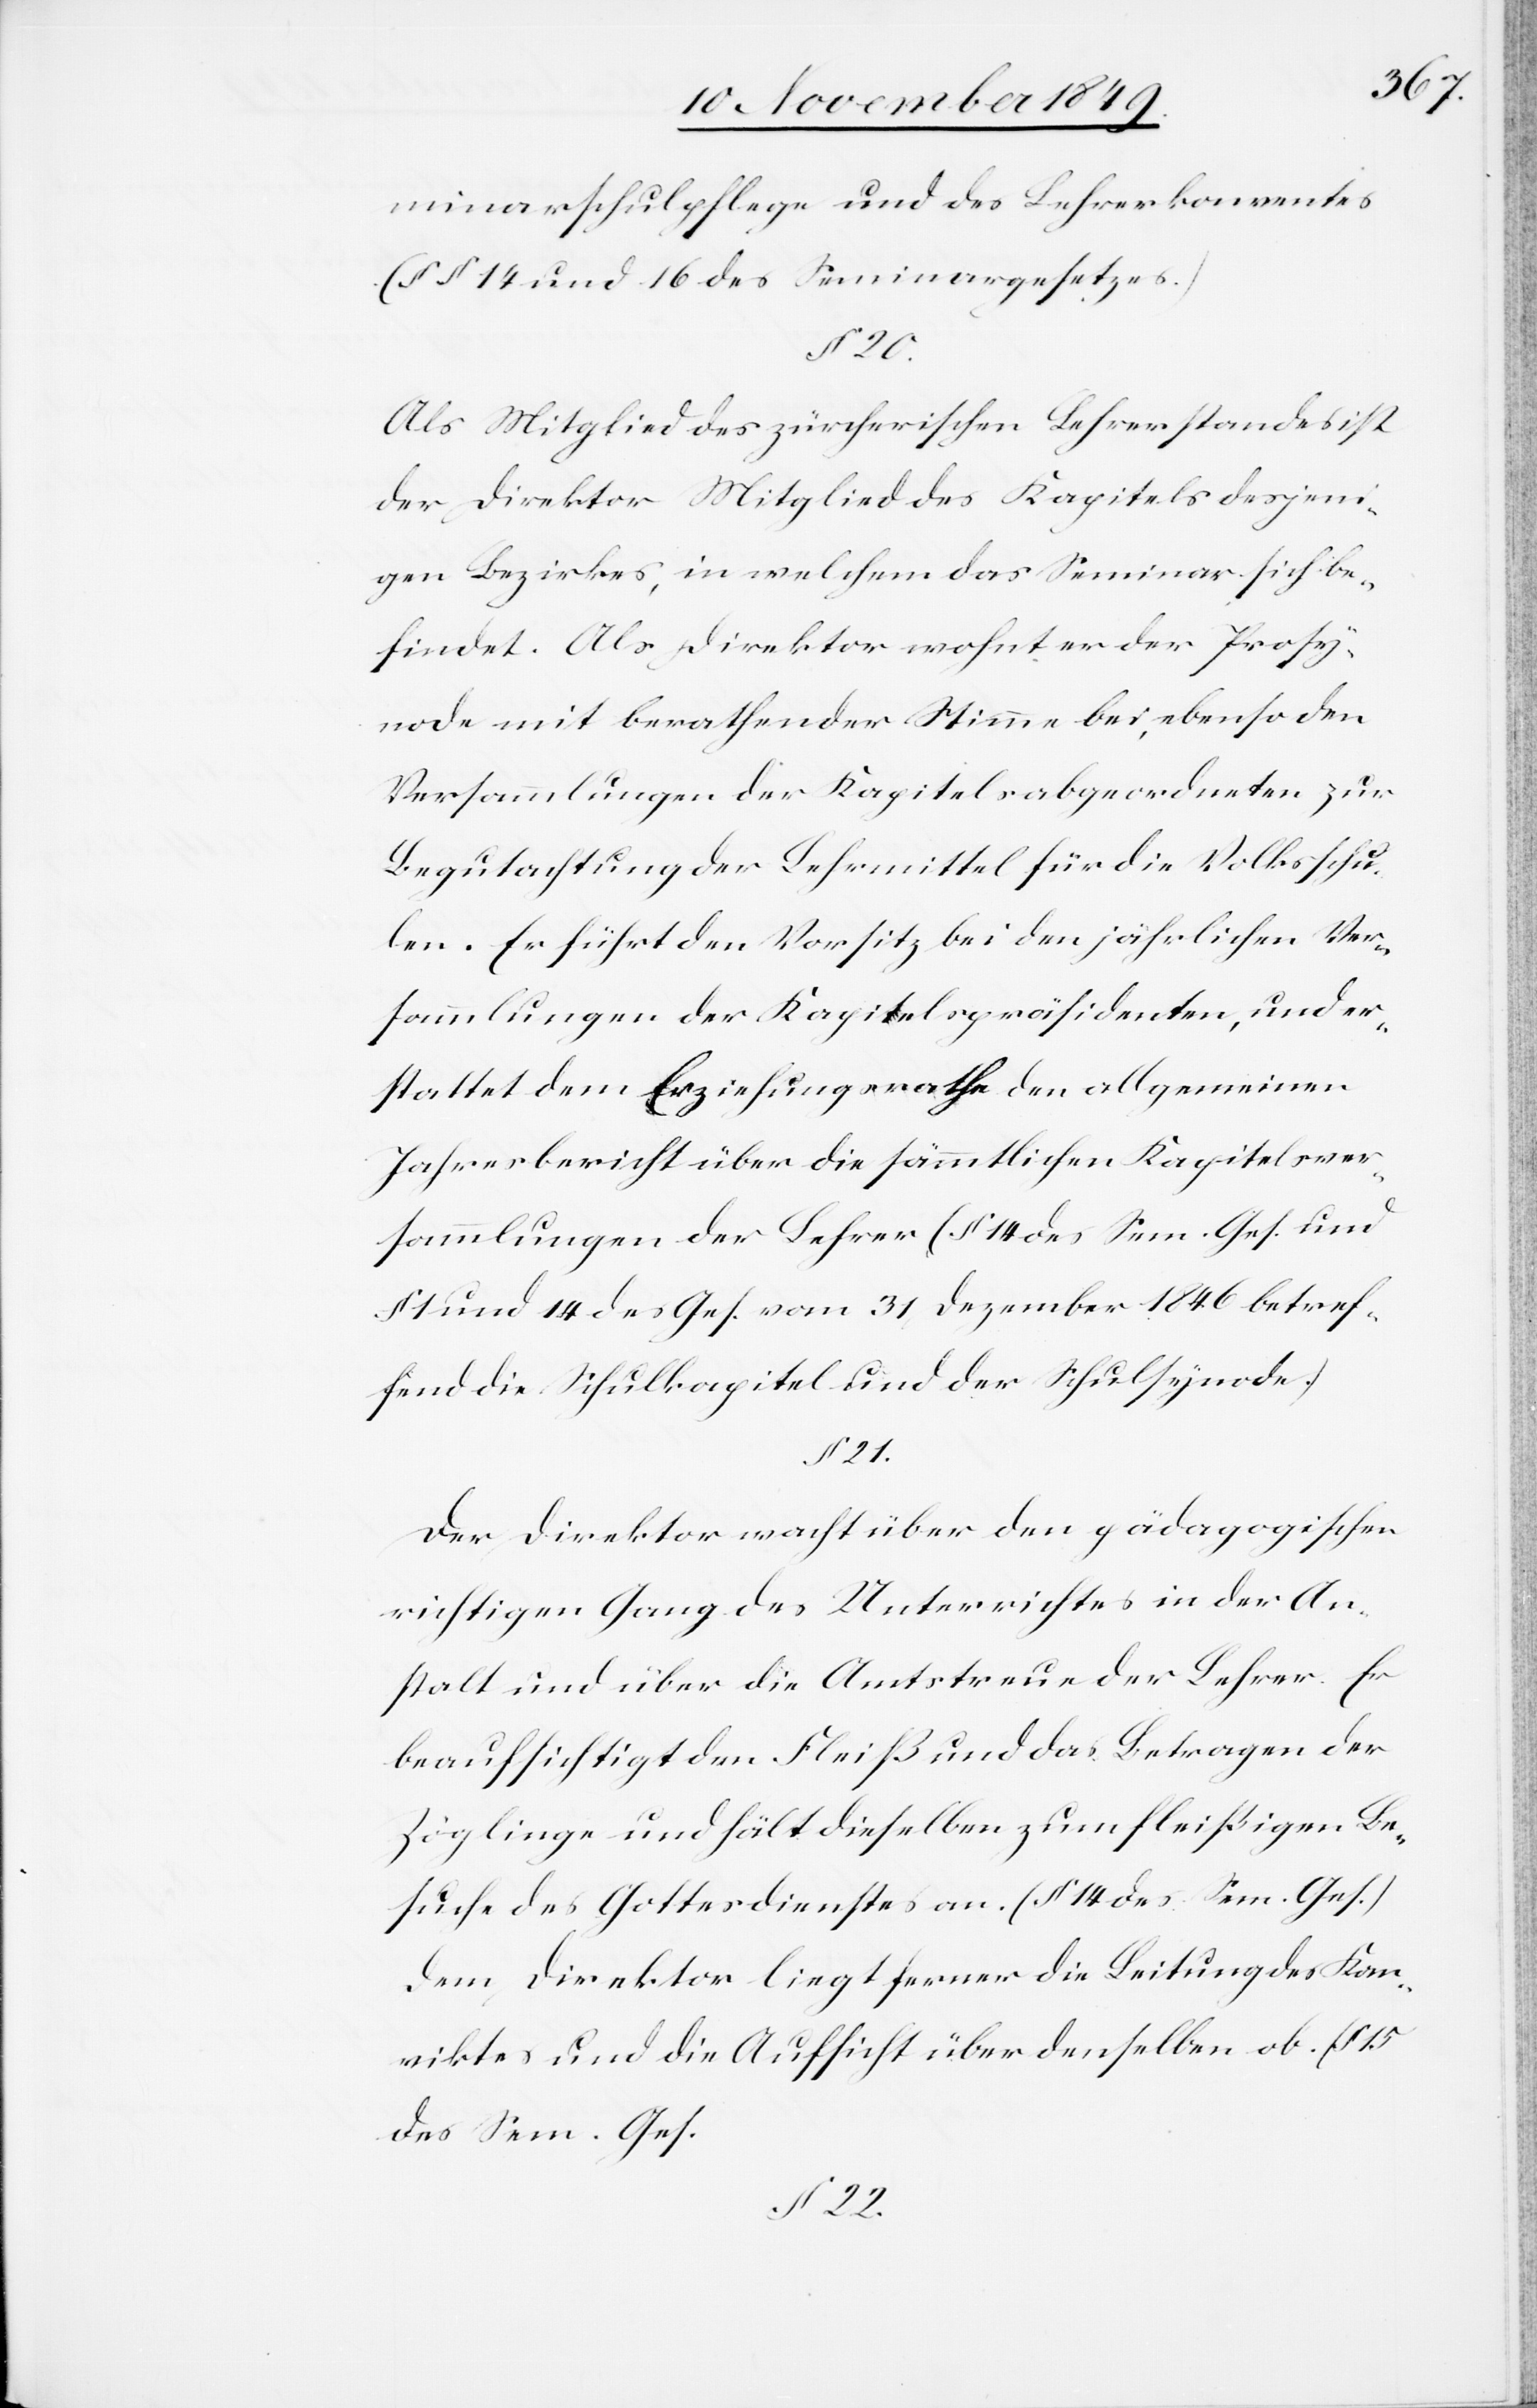
minarschulpflege und des Lehrerkonventes
(§§ 14 und 16 des Seminargesetzes.)
Als Mitglied des zürcherischen Lehrerstandes ist
der Direktor Mitglied des Kapitels desjeni¬
gen Bezirkes, in welchem das Seminar sich be¬
findet. Als Direktor wohnt er der Prosy¬
node mit berathender Stimme bei, ebenso den
Versammlungen der Kapitelsabgeordneten zur
Begutachtung der Lehrmittel für die Volksschu¬
len. Er führt den Vorsitz bei den jährlichen Ver¬
sammlungen der Kapitelspräsidenten, und er¬
stattet dem Erziehungsrathe den allgemeinen
Jahresbericht über die sämmtlichen Kapitelsver¬
sammlungen der Lehrer (§ 14 des Sem. Ges. und
1 und 14 des Ges. vom 31 Dezember 1846 betref¬
fend die Schulkapitel und der Schulsynode.)
§ 21.
Der Direktor wacht über den pädagogischen
wichtigen Gang des Unterrichtes in der An¬
stalt und über die Amtsdauer der Lehrer. Er
beaufsichtigt den Fleiß und das Betragen der
Zöglinge und hält dieselben zum fleißigen Be¬
suche des Gottesdienstes an. (§ 14 des Sem. Ges.)
Dem Direktor liegt ferner die Leitung des Kon¬
viktes und die Aufsicht über denselben ob. (§ 15
des Sem. Ges.[)]
§ 22.